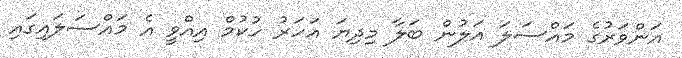
އަންވަރުގެ މައްސަލަަ އަލުން ބަލާ މިދިޔަ އަހަރު ހުކުމް އިއްވީ އެ މައްސަލައިގައި